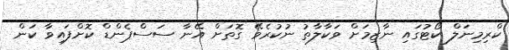
ކްރިމިނަލް ކޯޓުގައި ނާޒިމަށް ވަކާލާތު ނުކުރެވޭ ގޮތަށް އޭނާ ސަސްޕެންޑް ކޮށްފައިވާ ކަން